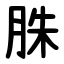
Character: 䏭